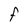
Character: F